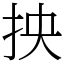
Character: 抰